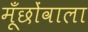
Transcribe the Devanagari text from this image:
मूँछोंवाला